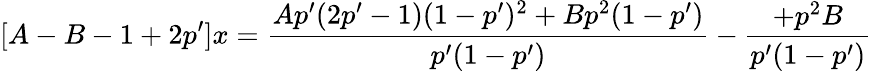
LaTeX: [A-B-1+2p^{\prime}]x=\frac{Ap^{\prime}(2p^{\prime}-1)(1-p^{\prime})^{2}+Bp^{2}(1-p^{\prime})}{p^{\prime}(1-p^{\prime})}-\frac{+p^{2}B}{p^{\prime}(1-p^{\prime})}